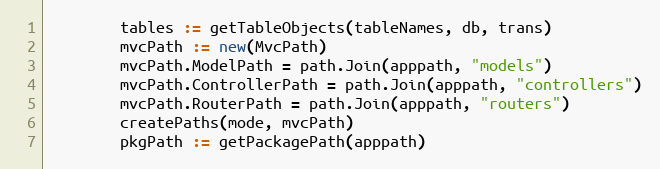
Language: Go
		tables := getTableObjects(tableNames, db, trans)
		mvcPath := new(MvcPath)
		mvcPath.ModelPath = path.Join(apppath, "models")
		mvcPath.ControllerPath = path.Join(apppath, "controllers")
		mvcPath.RouterPath = path.Join(apppath, "routers")
		createPaths(mode, mvcPath)
		pkgPath := getPackagePath(apppath)